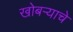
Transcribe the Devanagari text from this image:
खोबऱ्याचे